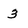
Character: 3